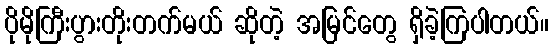
ပိုမိုကြီးပွားတိုးတက်မယ် ဆိုတဲ့ အမြင်တွေ ရှိခဲ့ကြပါတယ်။